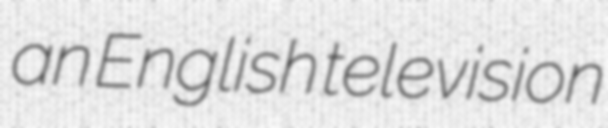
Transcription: an English television